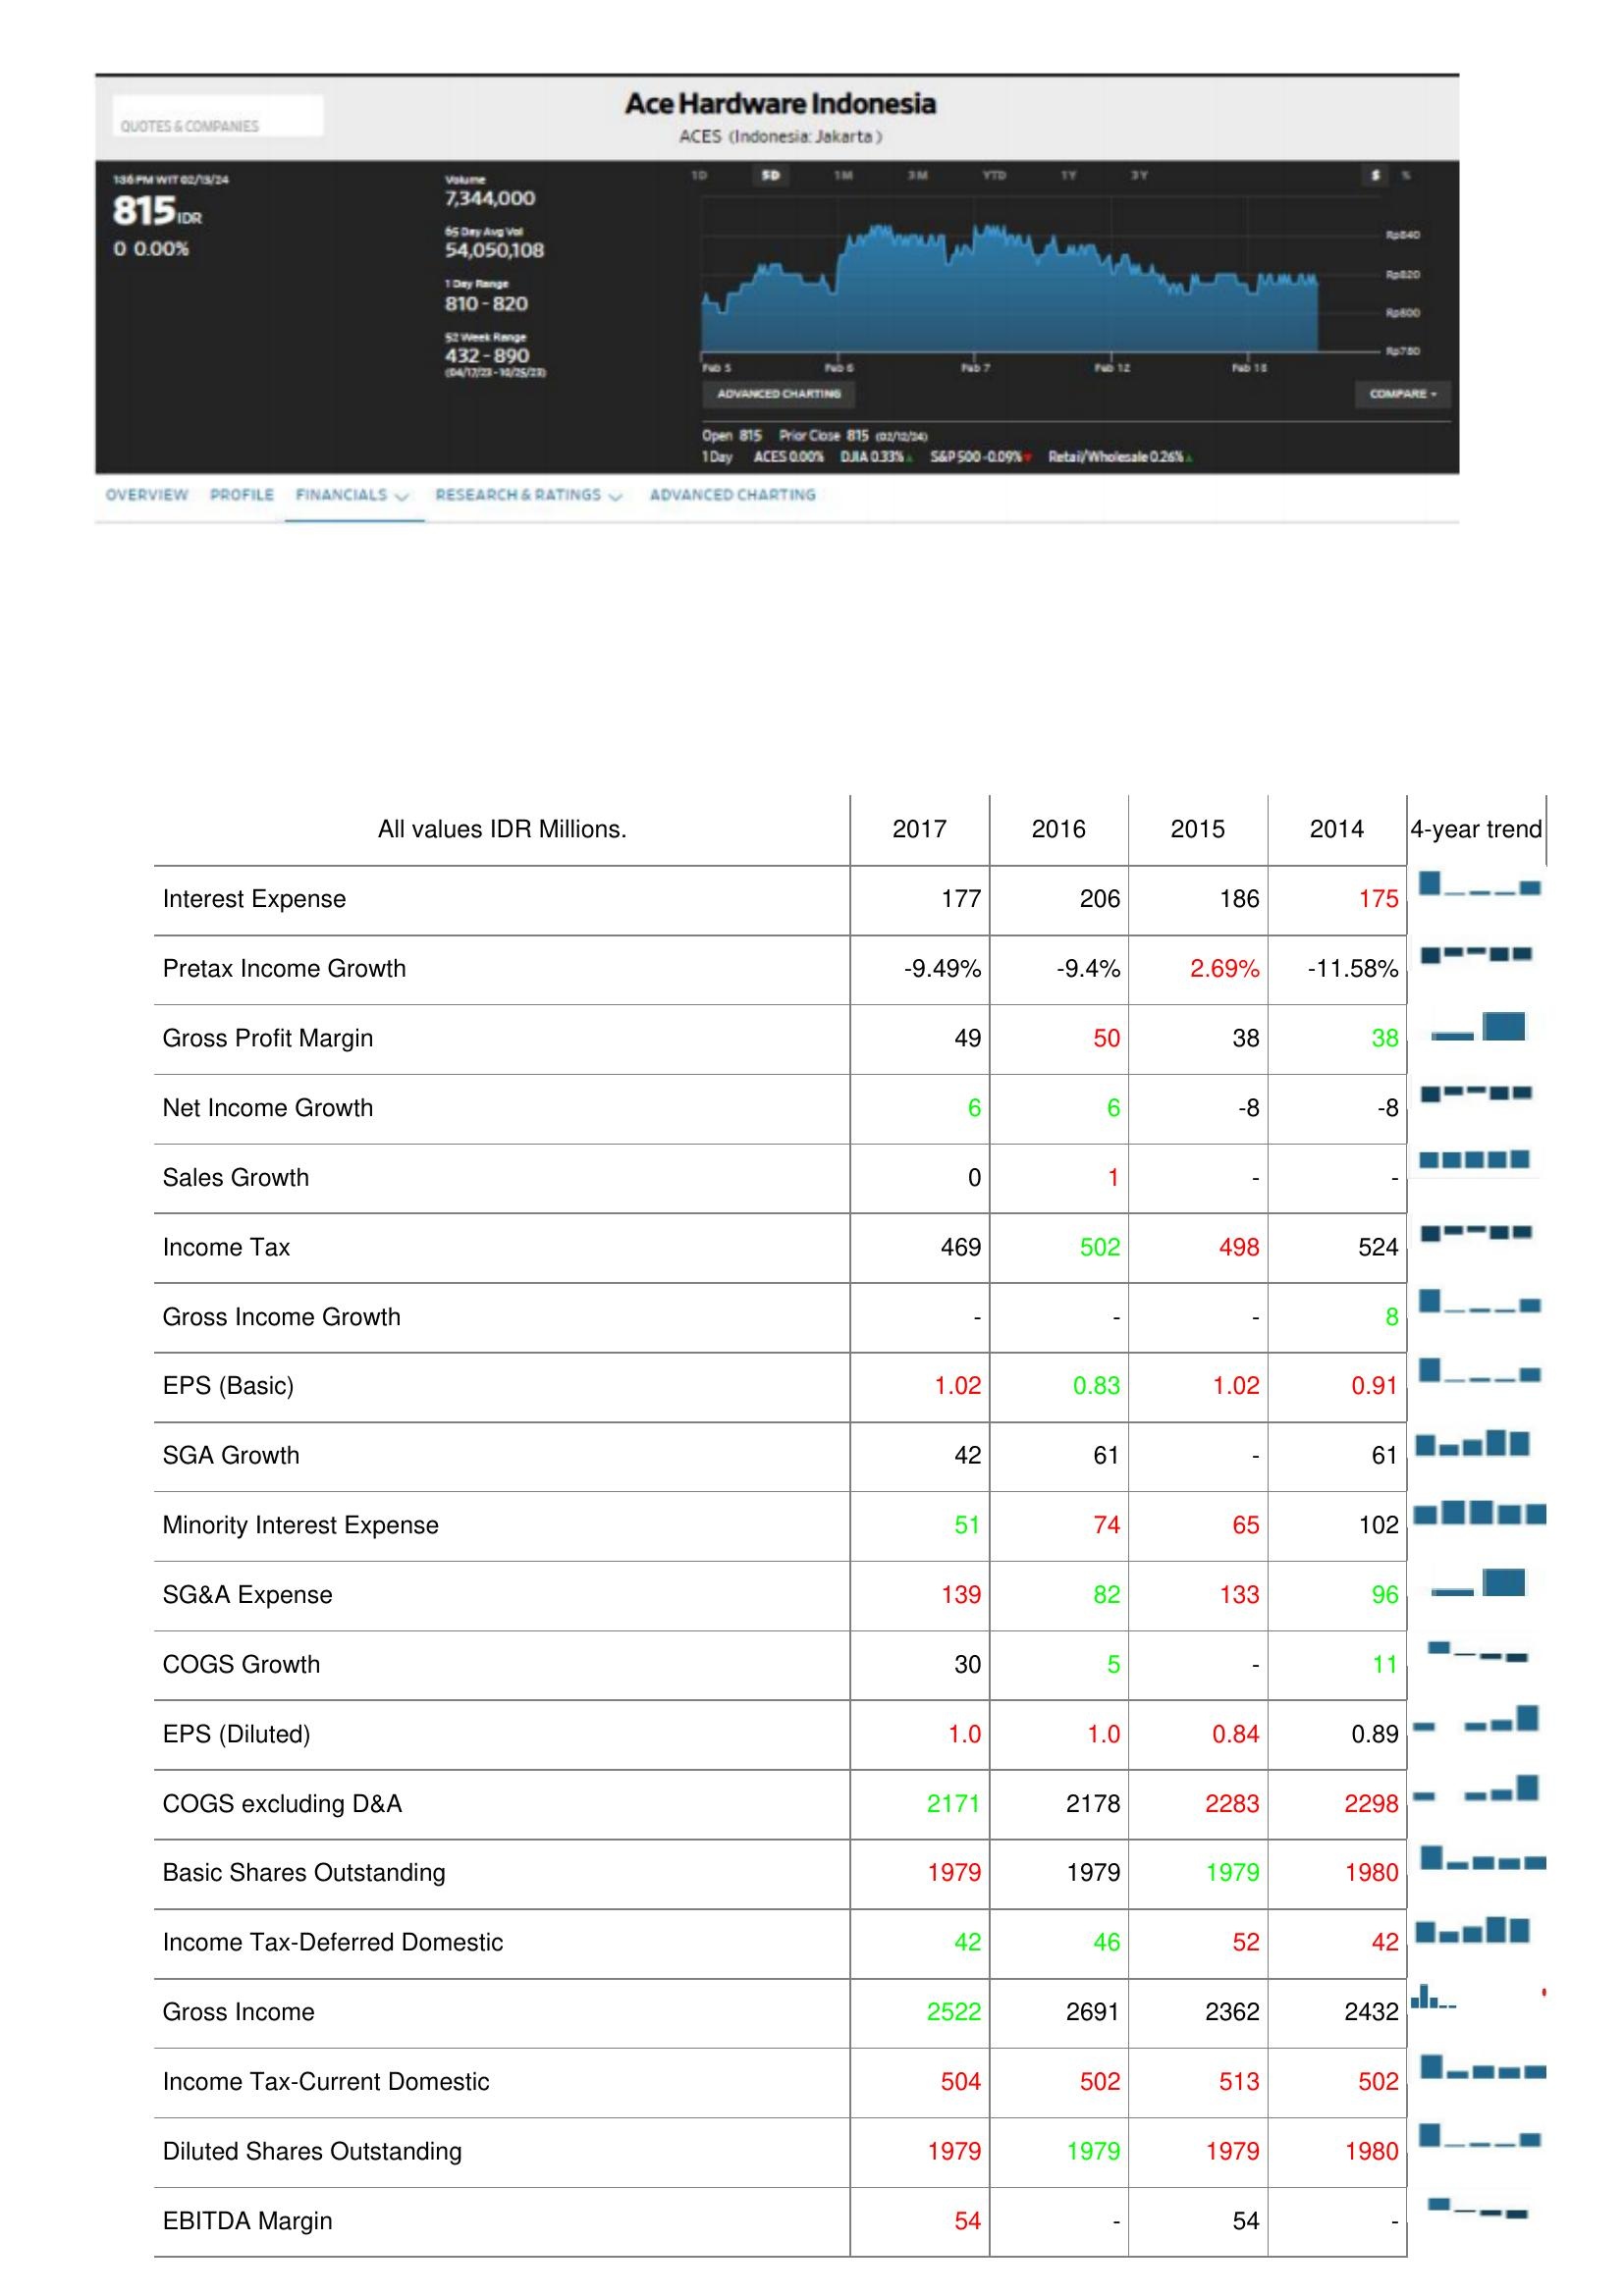
2017: : Interest Expense: 177
Pretax Income Growth: -9.49%
Gross Profit Margin: 49
Net Income Growth: 6
Sales Growth: 0
Income Tax: 469
Gross Income Growth: -
EPS (Basic): 1.02
SGA Growth: 42
Minority Interest Expense: 51
SG&A Expense: 139
COGS Growth: 30
EPS (Diluted): 1.0
COGS excluding D&A: 2171
Basic Shares Outstanding: 1979
Income Tax-Deferred Domestic: 42
Gross Income: 2522
Income Tax-Current Domestic: 504
Diluted Shares Outstanding: 1979
EBITDA Margin: 54
2016: : Interest Expense: 206
Pretax Income Growth: -9.4%
Gross Profit Margin: 50
Net Income Growth: 6
Sales Growth: 1
Income Tax: 502
Gross Income Growth: -
EPS (Basic): 0.83
SGA Growth: 61
Minority Interest Expense: 74
SG&A Expense: 82
COGS Growth: 5
EPS (Diluted): 1.0
COGS excluding D&A: 2178
Basic Shares Outstanding: 1979
Income Tax-Deferred Domestic: 46
Gross Income: 2691
Income Tax-Current Domestic: 502
Diluted Shares Outstanding: 1979
EBITDA Margin: -
2015: : Interest Expense: 186
Pretax Income Growth: 2.69%
Gross Profit Margin: 38
Net Income Growth: -8
Sales Growth: -
Income Tax: 498
Gross Income Growth: -
EPS (Basic): 1.02
SGA Growth: -
Minority Interest Expense: 65
SG&A Expense: 133
COGS Growth: -
EPS (Diluted): 0.84
COGS excluding D&A: 2283
Basic Shares Outstanding: 1979
Income Tax-Deferred Domestic: 52
Gross Income: 2362
Income Tax-Current Domestic: 513
Diluted Shares Outstanding: 1979
EBITDA Margin: 54
2014: : Interest Expense: 175
Pretax Income Growth: -11.58%
Gross Profit Margin: 38
Net Income Growth: -8
Sales Growth: -
Income Tax: 524
Gross Income Growth: 8
EPS (Basic): 0.91
SGA Growth: 61
Minority Interest Expense: 102
SG&A Expense: 96
COGS Growth: 11
EPS (Diluted): 0.89
COGS excluding D&A: 2298
Basic Shares Outstanding: 1980
Income Tax-Deferred Domestic: 42
Gross Income: 2432
Income Tax-Current Domestic: 502
Diluted Shares Outstanding: 1980
EBITDA Margin: -